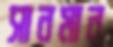
সানমান